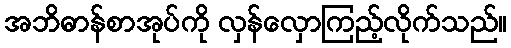
အဘိဓာန်စာအုပ်ကို လှန်လှောကြည့်လိုက်သည်။